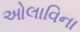
ઓલાવિના